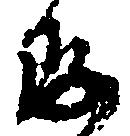
存